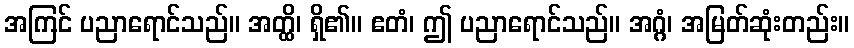
အကြင် ပညာရောင်သည်။ အတ္ထိ၊ ရှိ၏။ ဧတံ၊ ဤ ပညာရောင်သည်။ အဂ္ဂံ၊ အမြတ်ဆုံးတည်း။